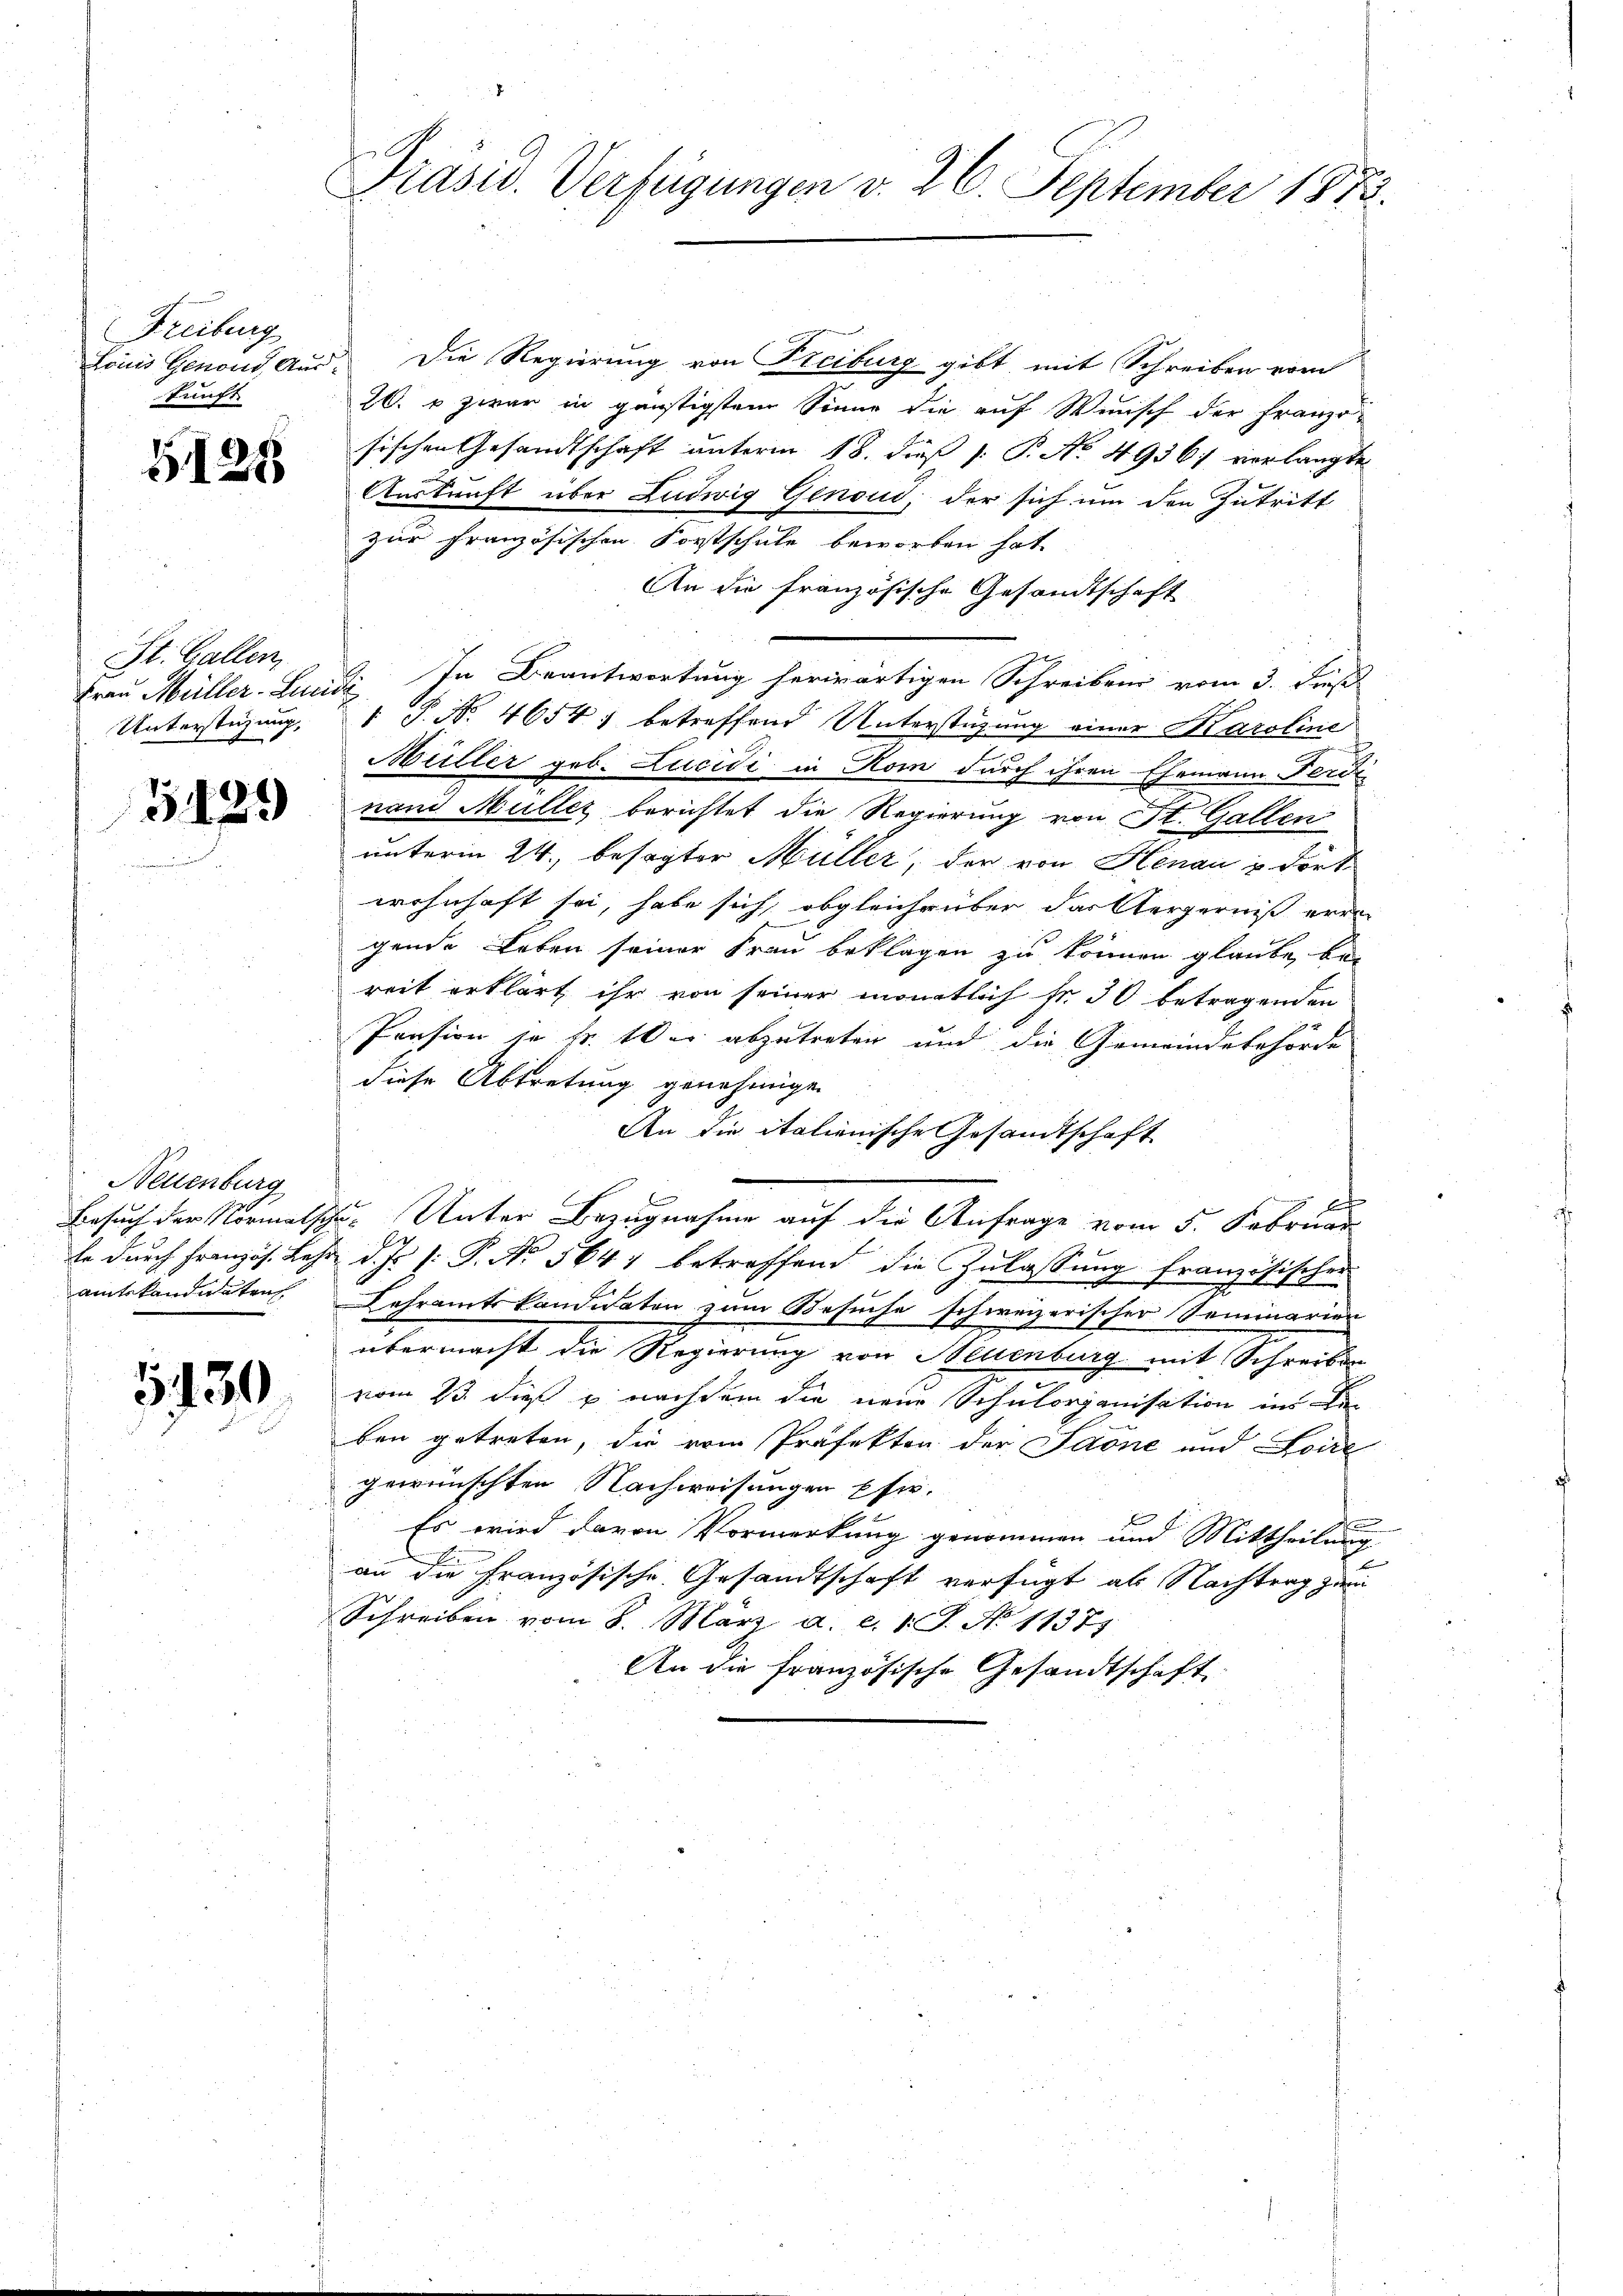
Freiburg
funft

G125

St. Gallen,
Frau Müller-Luridi
Unterstüzung,

G429

Neuenburg

5430

Präsid. Verfügungen v. 26. September 1873.

Louis Genoud, aus. Die Regierung von Freiburg gibt mit Schreiben vom
26. & zwar in günstigstem Sinne die auf Wenisch der Franzo
sischen Gesandtschaft unterm 18. dieß [: P. No. 4936 vorlangte
Auskunft über Ludwig Genoud, der sich um den Zutritt
zur Französischen Forstschule beworben hat.
An die französische Gesandtschaft
In Beantwortung herwärtigen Schreiben vom 3. dieß
1 P. No. 4654, betreffend Unterstüzung einer Karoline
Müller geb. Lucidi in Rom durch ihren Ehemann Ferdi
nand Müller berichtet die Regierung von St. Gallen
unterm 24. besagter Müller, der von Henau u. dort
wohnhaft sei, habe sich, obgleichnüber das Aergerniß errei
gende Leben seiner Frau beklagen zu können glaube, bei
reit erklärt ihr von seiner monatlich fr. 30 betragenden
Pension je Fr. 10 er abzutreten und die Gemeindebehörde
diese Abtretung genehmige.
An die italienische Gesandtschaft

Besuch der Normalschen Unter Bezugnahme auf die Anfrage vom 5. Februar
le durch Französ. Lehr d. Js. s. P. No. 564, betreffend die Zulassung französischen
amtskandiaten. Lehramtskandidaton zum Besuche schweizerischer Seminarien
übermacht die Regierung von Neuenburg mit Schreiben
vom 23. dieß u. nachdem die neue Schulorganisation im De-
ben getreten, die vom Präfektor der Jaone und Loire
gewünschten Nachweisungen Ehe.
E
Es wird davon Vormerkung genommen und Mittheilung
an die Französische Gesandtschaft verfügt als Nachtrag zum
Schreiben vom 8. März a. c. v. J. N. 1137)
An die französische Gesandtschaft